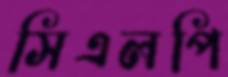
সিএলপি